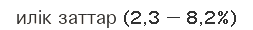
илік заттар (2,3 — 8,2%)